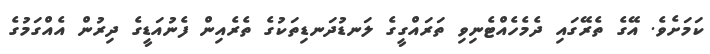
ކަމަށެވެ. އޭގެ ތެރޭގައި ދެމެހެއްޓެނިވި ތަރައްގީގެ ލަނޑުދަނޑިތަކުގެ ތެރެއިން ފެނުއަޑީގެ ދިރުން އެއްގަމުގެ